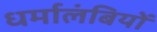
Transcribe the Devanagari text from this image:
धर्मालंबियों